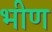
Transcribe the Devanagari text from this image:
भीण